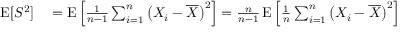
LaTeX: \begin{array} { r l } { \operatorname { E } [ S ^ { 2 } ] } & { { } = \operatorname { E } \left[ { \frac { 1 } { n - 1 } } \sum _ { i = 1 } ^ { n } { \big ( } X _ { i } - { \overline { { X } } } { \big ) } ^ { 2 } \right] = { \frac { n } { n - 1 } } \operatorname { E } \left[ { \frac { 1 } { n } } \sum _ { i = 1 } ^ { n } { \big ( } X _ { i } - { \overline { { X } } } { \big ) } ^ { 2 } \right] } \end{array}